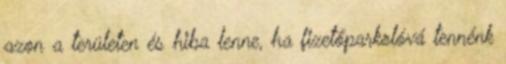
azon a területen és hiba lenne, ha fizetőparkolóvá tennénk